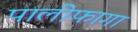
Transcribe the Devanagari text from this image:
पालीफ़ागा